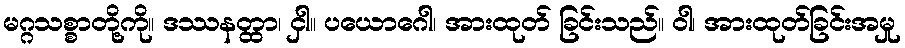
မဂ္ဂသစ္စာတို့ကို။ ဒဿနတ္ထာ၊ ငှါ။ ပယောဂေါ၊ အားထုတ် ခြင်းသည်။ ဝါ၊ အားထုတ်ခြင်းအမှု